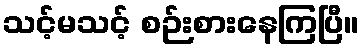
သင့်မသင့် စဉ်းစားနေကြပြီ။